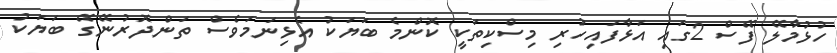
ހުޅުމާލޭ ފޭސް 2ގައި އަޅާފައިހުރި މިސްކިތަކީ ކޮންމެ ބަޔަކު އެޅިނަމަވެސް ތަންދޮރުނޭގޭ ބަޔަކު